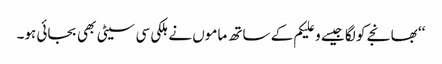
‘‘ بھانجے کو لگا جیسے وعلیکم کے ساتھ ماموں نے ہلکی سی سیٹی بھی بجائی ہو۔